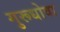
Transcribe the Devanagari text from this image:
गुरूधोवा